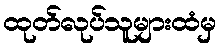
ထုတ်လုပ်သူများထံမှ